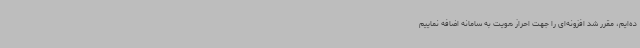
ده‌ایم، مقرر شد افزونه‌ای را جهت احراز هویت به سامانه اضافه نماییم